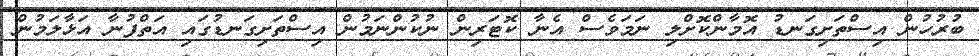
ބުރުހުން އިސްތަށިގަނޑު އޮމާންކޮށްލި ނަމަވެސް އެނާ ކޮޓަރިން ނުކުންނަމުން އިސްތަށިގަނޑުގައި އަތްފުނާ އަޅާލަމުން